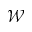
\mathcal { W }